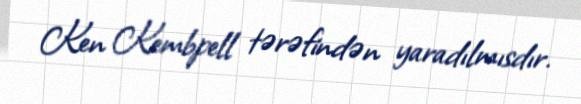
Ken Kembpell tərəfindən yaradılmısdır.